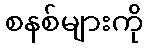
စနစ်များကို